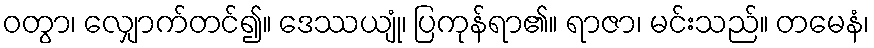
ဝတွာ၊ လျှောက်တင်၍။ ဒေဿယျုံ၊ ပြကုန်ရာ၏။ ရာဇာ၊ မင်းသည်။ တမေနံ၊